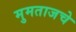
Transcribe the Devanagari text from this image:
मुमताजचे